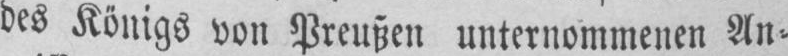
des Königs von Preußen unternommenen An⸗